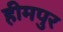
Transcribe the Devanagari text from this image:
हीमपुर